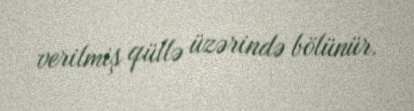
verilmiş qüllə üzərində bölünür.